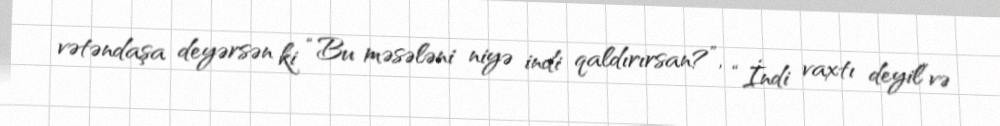
vətəndaşa deyərsən ki “Bu məsələni niyə indi qaldırırsan?”, “İndi vaxtı deyil”və